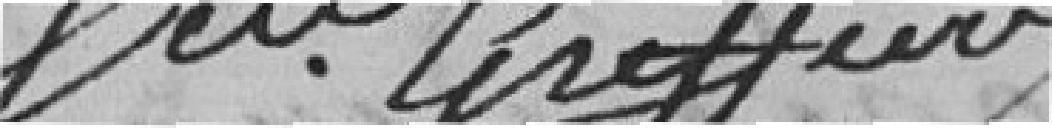
Sieur Greffier